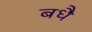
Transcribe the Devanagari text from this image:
बधै